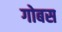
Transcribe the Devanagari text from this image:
गोबस